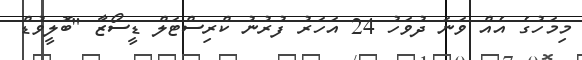
މިމަހުގެ އެއް ވަނަ ދުވަހު 24 އަހަރު ފުރުނު ކްރިސްޓަލް ޑީސޯޒާ "ބޮލީވުޑް